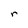
Character: r